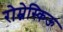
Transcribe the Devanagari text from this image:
रोम्नेस्किऊ